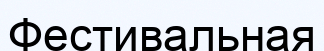
Фестивальная